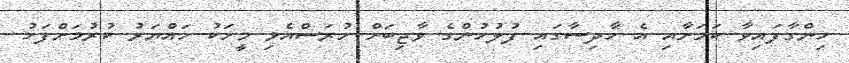
ހިންގާފައިވާ ކަމަށާއި އެ ހާދިސާގައި ފުލުހުންގެ ވާޖިބަށް ހުރަސްއެޅި މީހަކު ހައްޔަރު ކުރުމަށްފަހު